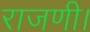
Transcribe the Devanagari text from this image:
राजणी।